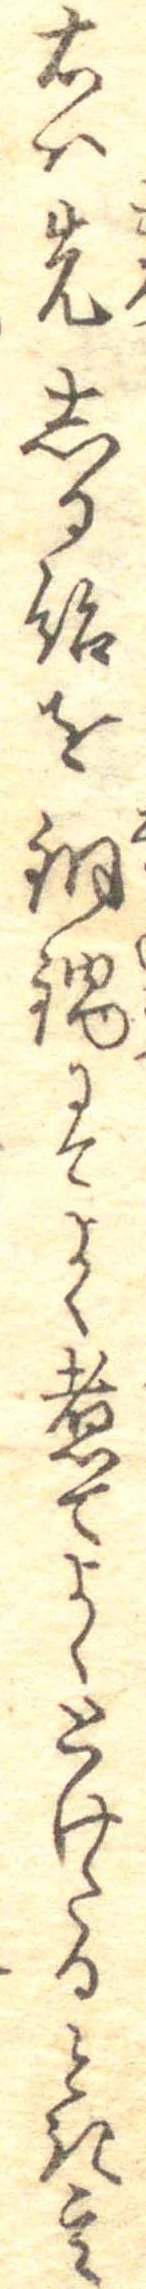
右は先しる飴を銅鍋にてよく煮てよくとけたるとき其